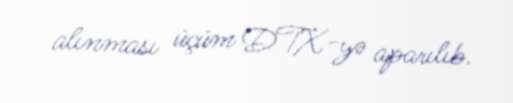
alınması üçüm DTX-yə aparılıb.